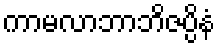
ကာမလာဘာဘိဇပ္ပိနံ